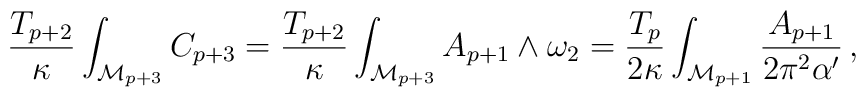
\frac{T_{p+2}}{\kappa}\int_{\mathcal{M}_{p+3}}C_{p+3}      =\frac{T_{p+2}}{\kappa}\int_{\mathcal{M}_{p+3}}A_{p+1}\wedge\omega_2      =\frac{T_{p}}{2\kappa}\int_{\mathcal{M}_{p+1}}\frac{A_{p+1}}{2\pi^2\alpha'}\,,